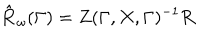
\mathbf { \hat { R } } _ { \omega } ( \Gamma ) = Z ( \Gamma , X , \Gamma ) ^ { - 1 } \mathbf { R }